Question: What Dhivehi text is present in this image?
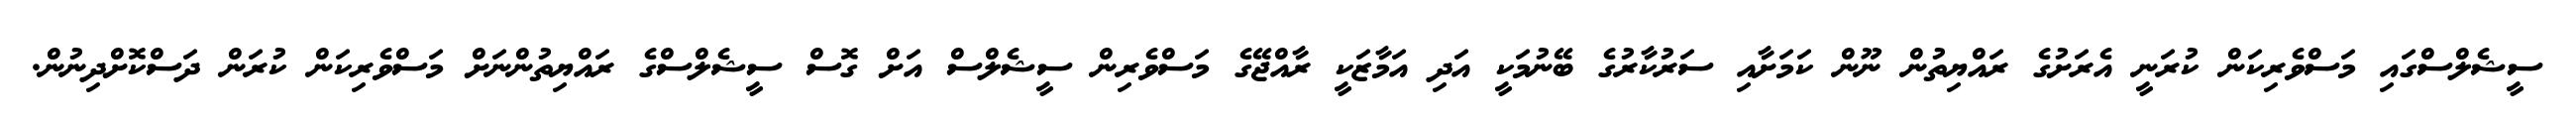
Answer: ސީޝެލްސްގައި މަސްވެރިކަން ކުރަނީ އެރަށުގެ ރައްޔިތުން ނޫން ކަމަށާއި ސަރުކާރުގެ ބޭނުމަކީ އަދި އަމާޒަކީ ރާއްޖޭގެ މަސްވެރިން ސީޝެލްސް އަށް ގޮސް ސީޝެލްސްގެ ރައްޔިތުންނަށް މަސްވެރިކަން ކުރަން ދަސްކޮށްދިނުން.